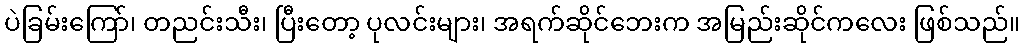
ပဲခြမ်းကြော်၊ တညင်းသီး၊ ပြီးတော့ ပုလင်းများ၊ အရက်ဆိုင်ဘေးက အမြည်းဆိုင်ကလေး ဖြစ်သည်။